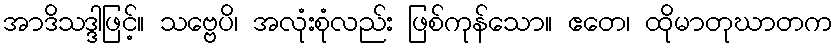
အာဒိသဒ္ဒါဖြင့်။ သဗ္ဗေပိ၊ အလုံးစုံလည်း ဖြစ်ကုန်သော။ ဧတေ၊ ထိုမာတုဃာတက